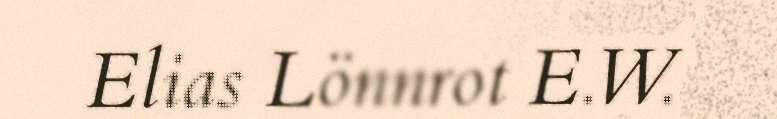
Elias Lönnrot E.W.